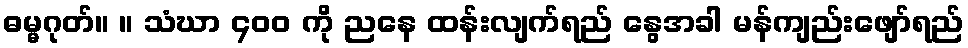
ဓမ္မဂုတ်။ ။ သံဃာ ၄၀၀ ကို ညနေ ထန်းလျက်ရည် နွေအခါ မန်ကျည်းဖျော်ရည်